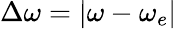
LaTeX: \Delta\omega=|\omega-\omega_{e}|